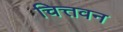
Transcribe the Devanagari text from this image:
चित्तवन